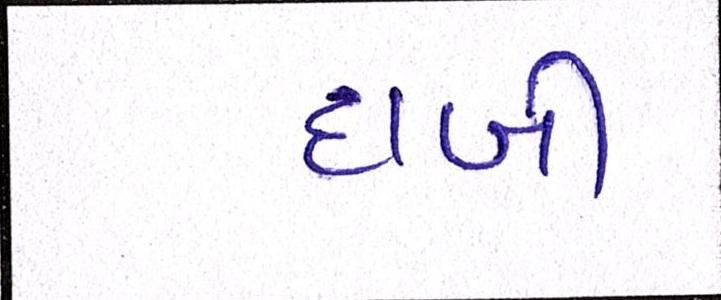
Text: દાબી